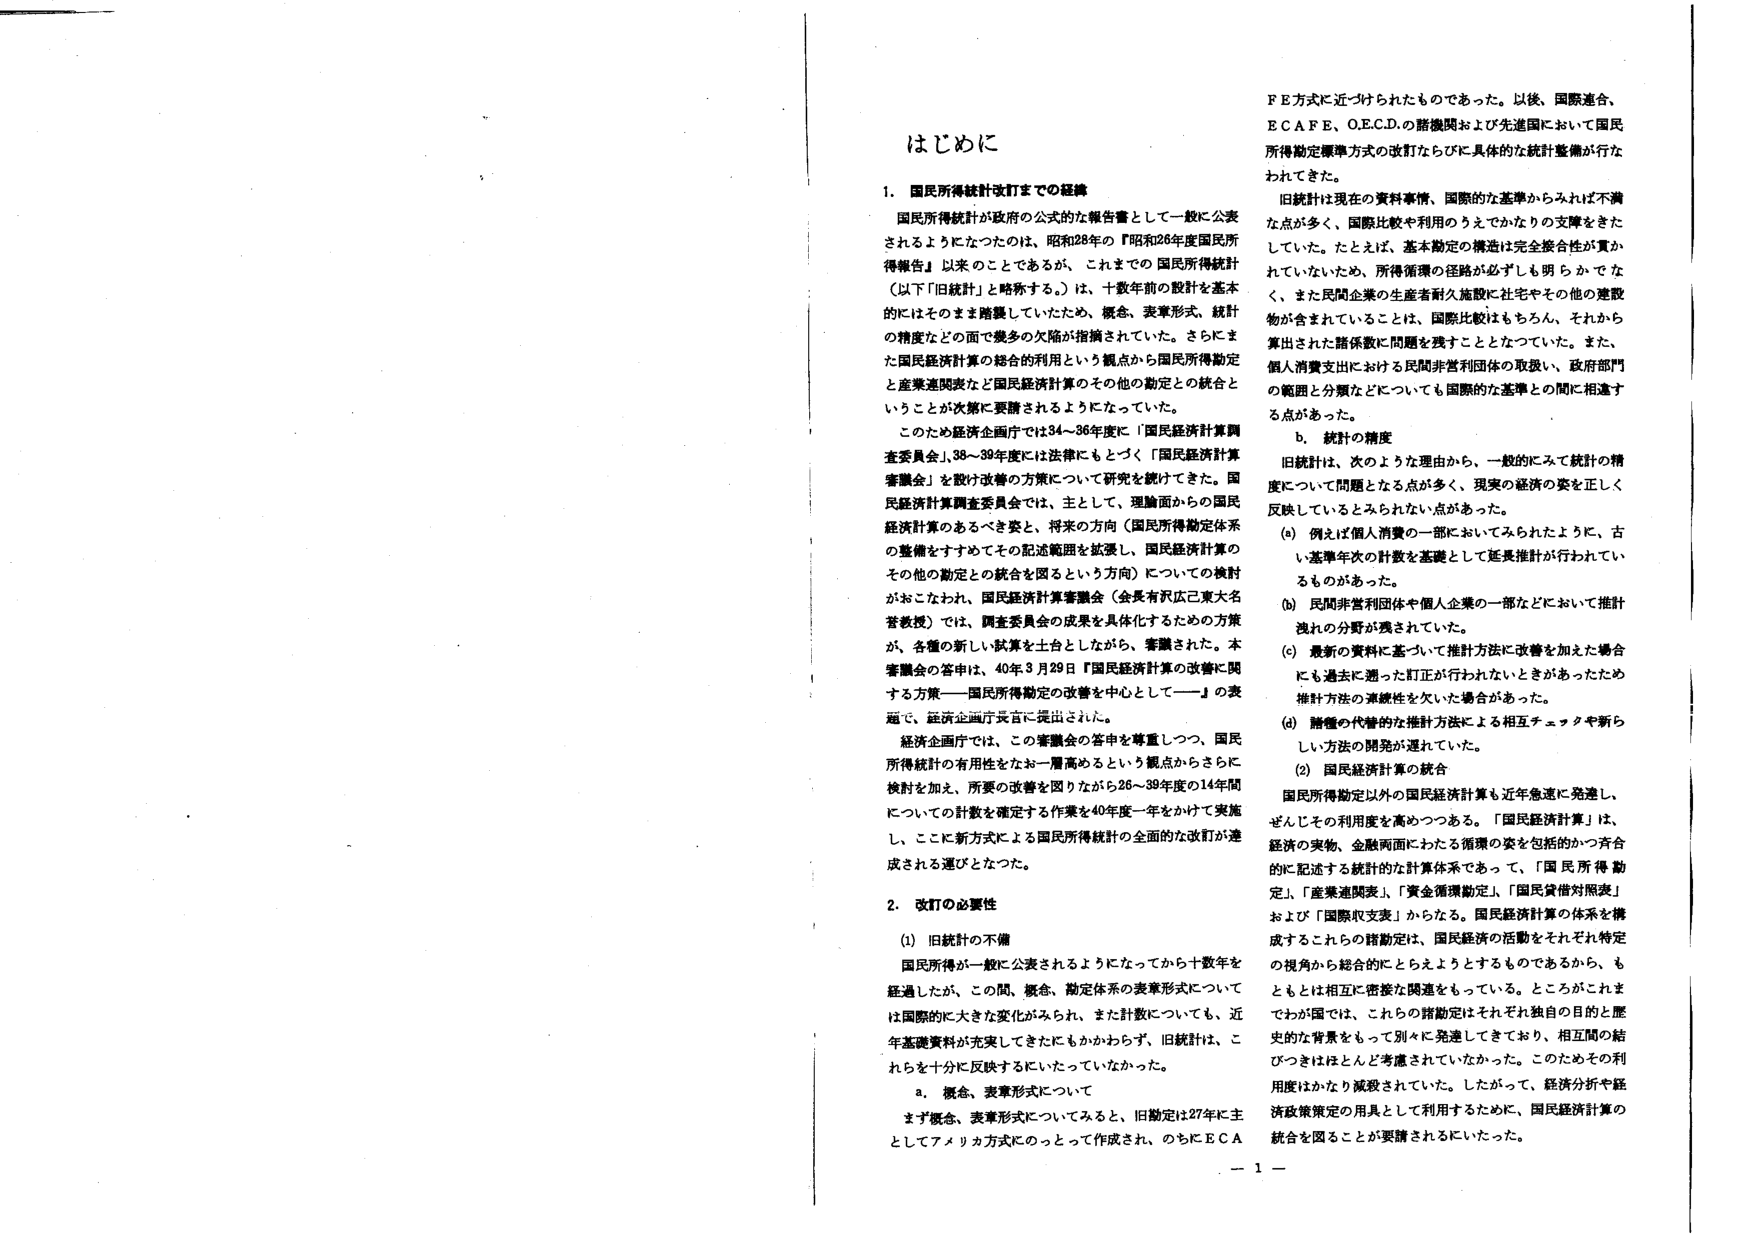
はじめに

1. 国民所得統計改訂までの経緯
国民所得統計が政府の公式的な報告書として一般に公表されるようになったのは、昭和28年の『昭和26年度国民所得報告』以来のことであるが、これまでの国民所得統計（以下「旧統計」と略称する。）は、十数年前の設計を基本的にはそのまま踏襲していたため、概念、表章形式、統計の精度などの面で幾多の欠陥が指摘されていた。さらにまた国民経済計算の総合的利用という観点から国民所得勘定と産業連関表など国民経済計算のその他の勘定との統合ということが次第に要請されるようになっていった。

このため経済企画庁では34～36年度に「国民経済計算調査委員会」、38～39年度には法律にもとづく「国民経済計算審議会」を設け改善の方策について研究を続けてきた。国民経済計算調査委員会では、主として、理論面からの国民経済計算のあるべき姿と、将来の方向（国民所得勘定体系の整備をすすめてその記述範囲を拡張し、国民経済計算のその他の勘定との統合を図るという方向）についての検討がおこなわれ、国民経済計算審議会（会長有沢広己東大名誉教授）では、調査委員会の成果を具体化するための方策が、各層の新しい試算を土台としたがら、審議された。本審議会の答申は、40年3月29日『国民経済計算の改善に関する方策——国民所得勘定の改善を中心として——』の表題で、経済企画庁長官に提出された。

経済企画庁では、この審議会の答申を尊重しつつ、国民所得統計の有用性をなお一層高めるという観点からさらに検討を加え、所要の改善を図りながら26～39年度の14年間についての計数を確定する作業を40年度一年をかけて実施し、ここに新方式による国民所得統計の全面的な改訂が達成される運びとなった。

2. 改訂の必要性
(1) 旧統計の不備
国民所得が一般に公表されるようになってから十数年を経過したが、この間、概念、勘定体系の表章形式については国際的に大きな変化がみられ、また計数についても、近年基礎資料が充実してきたにもかかわらず、旧統計は、これらを十分に反映するにいたっていなかった。

a. 概念、表章形式について
まず概念、表章形式についてみると、旧勘定は27年に主としてアメリカ方式にのっとって作成され、のちにECA
FE方式に近づけられたものであった。以後、国際連合、ECAFE、O.E.C.D.の諸機関および先進国において国民所得勘定標準方式の改訂ならびに具体的な統計整備が行なわれてきた。

旧統計は現在の資料事情、国際的な基準からみれば不備な点が多く、国際比較や利用のうえでかなりの支障をきたしていた。たとえば、基本勘定の構造は完全総合性が貫かれていないため、所得循環の経路が必ずしも明らかでなく、また民間企業の生産者耐久施設に社宅やその他の建設物が含まれていることは、国際比較はもちろん、それから算出された諸係数に問題を残すこととなっていた。また、個人消費支出における民間非営利団体の取扱い、政府部門の範囲と分類などについても国際的な基準との間に相違する点があった。

b. 統計の精度
旧統計は、次のような理由から、一般的にみて統計の精度について問題となる点が多く、現実の経済の姿を正しく反映しているとみられない点があった。

(a) 例えば個人消費の一部においてみられたように、古い基準年次の計数を基礎として延長推計が行われているものがあった。

(b) 民間非営利団体や個人企業の一部などにおいて推計残れの分野が残されていた。

(c) 最新の資料に基づいて推計方法に改善を加えた場合にも過去に遡った訂正が行われないときがあったため推計方法の連続性を欠いた場合があった。

(d) 諸種の代替的な推計方法による相互チェックや新しい方法の開発が遅れていた。

(2) 国民経済計算の統合
国民所得勘定以外の国民経済計算も近年急速に発達し、ぜんじその利用度を高めつつある。「国民経済計算」は、経済の実物、金融両面にわたる循環の姿を包括的かつ斉合的に記述する統計的な計算体系であって、「国民所得勘定」、「産業連関表」、「資金循環勘定」、「国民貸借対照表」および「国際収支表」からなる。国民経済計算の体系を構成するこれらの諸勘定は、国民経済の活動をそれぞれ特定の視角から総合的にとらえようとするものであるから、もともとは相互に密接な関連をもっている。ところがこれまでは国では、これらの諸勘定はそれぞれ独自の目的と歴史的な背景をもって別々に発達してきており、相互間の結びつきはほとんど考慮されていなかった。このためその利用度はかなり減殺されていた。したがって、経済分析や経済政策策定の用具として利用するために、国民経済計算の統合を図ることが要請されるにいたった。

— 1 —